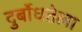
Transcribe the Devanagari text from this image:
दुर्बोधतेला